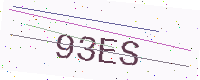
Text: 93ES